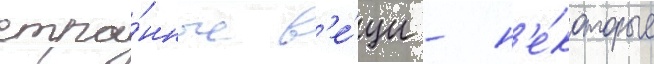
стра́нные в'е́щи - н'е́которые